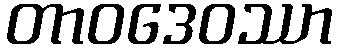
တာဝဒေဝဿာ